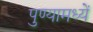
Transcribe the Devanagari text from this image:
पुण्यामध्यें